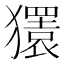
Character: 𰡨